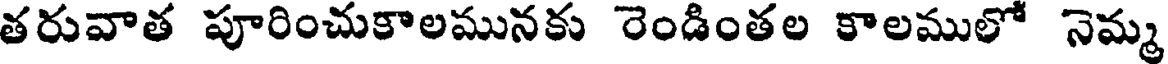
తరువాత పూరించుకాలమునకు రెండింతల కాలములో నెమ్మ